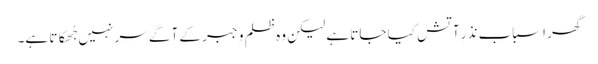
گھر اسباب نذرِ آتش کیا جاتا ہے لیکن وہ ظلم و جبر کے آگے سر نہیں جُھکاتا ہے۔